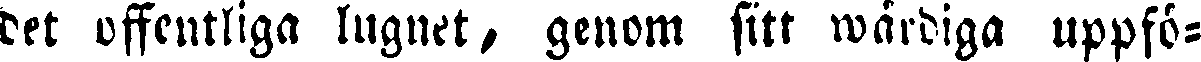
det offentliga lugnet, genom sitt wardiga uppfö-